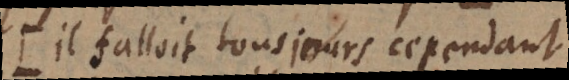
(: Il falloit tousjours cependant